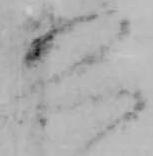
恐